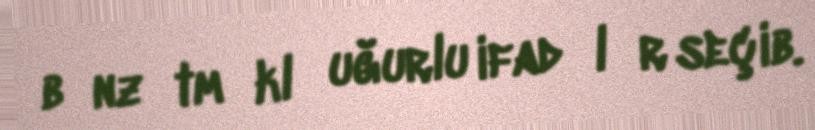
bәnzәtmәklә uğurlu ifadәlәr seçib.